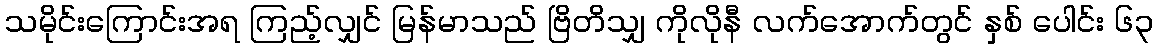
သမိုင်းကြောင်းအရ ကြည့်လျှင် မြန်မာသည် ဗြိတိသျှ ကိုလိုနီ လက်အောက်တွင် နှစ် ပေါင်း ၆၃